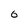
Character: 0